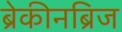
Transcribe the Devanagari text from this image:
ब्रेकीनब्रिज